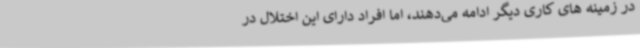
در زمینه های کاری دیگر ادامه می‌دهند، اما افراد دارای این اختلال در